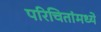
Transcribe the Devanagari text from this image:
परिचितांमध्ये